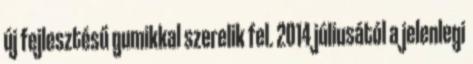
új fejlesztésű gumikkal szerelik fel. 2014 júliusától a jelenlegi